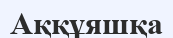
Аққұяшқа